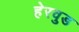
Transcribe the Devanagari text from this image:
हेरवुड